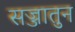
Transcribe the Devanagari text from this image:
सज्जातुन